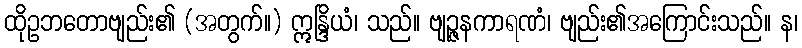
ထိုဥဘတောဗျည်း၏ (အတွက်။) ဣန္ဒြိယံ၊ သည်။ ဗျဉ္ဇနကာရဏံ၊ ဗျည်း၏အကြောင်းသည်။ န၊